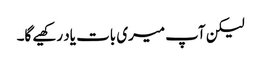
لیکن آپ میری بات یاد رکھیے گا۔